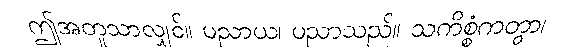
ဤအတူသာလျှင်။ ပညာယ၊ ပညာသည်။ သကိစ္စံကတွာ၊